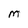
Character: M